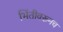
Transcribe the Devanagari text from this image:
भिंतीवरूनच